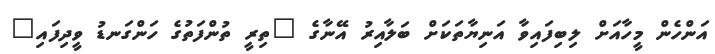
އަންހެން މީހާއަށް ލިބިފައިވާ އަނިޔާތަކަށް ބަލާއިރު އޭނާގެ "ތިރީ ތުންފަތުގެ ހަންގަނޑު ވީދިފައި"